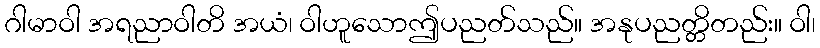
ဂါမာဝါ အရညာဝါတိ အယံ၊ ဝါဟူသောဤပညတ်သည်။ အနုပညတ္တိတည်း။ ဝါ၊